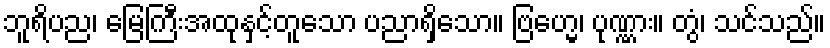
ဘူရိပည၊ မြေကြီးအထုနှင့်တူသော ပညာရှိသော။ ဗြဟ္မေ၊ ပုဏ္ဏား။ တွံ၊ သင်သည်။